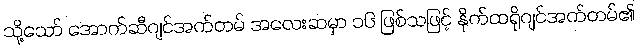
သို့သော် အောက်ဆီဂျင်အက်တမ် အလေးဆမှာ ၁၆ ဖြစ်သဖြင့် နိုက်ထရိုဂျင်အက်တမ်၏